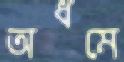
অধমে